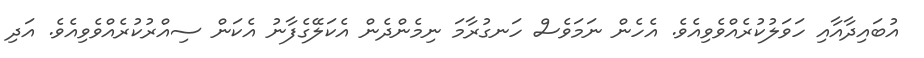
އުބައިދާއާއި ހަވަލުކުރެއްވެވިއެވެ. އެހެން ނަމަވެސް ހަނގުރާމަ ނިމެންދެން އެކަލޭގެފާނު އެކަން ސިއްރުކުރެއްވެވިއެވެ. އަދި